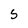
Character: S